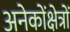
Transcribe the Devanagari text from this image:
अनेकोंक्षेत्रों